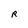
Character: R